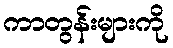
ကာတွန်းများကို